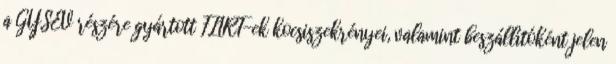
a GYSEV részére gyártott FLIRT-ek kocsiszekrényei, valamint beszállítóként jelen